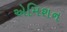
એમિશન